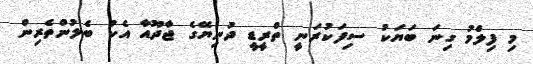
މި ފިލްމު ގިނަ ބަޔަކު ސިފަކުރަނީ ތްރީޑީ ދުނިޔޭގެ ޖާދޫއާ އެކު ބެލުންތެރިން